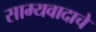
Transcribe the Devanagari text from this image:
साम्यवादाचे